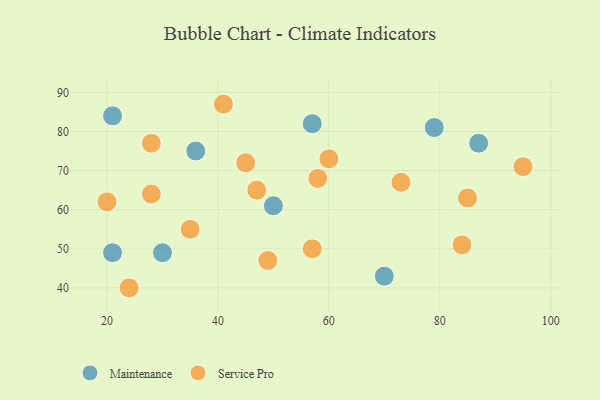
{"axis": {"x": "GDP", "y": "Life Expectancy"}, "legend": ["Maintenance", "Service Pro"], "data": [{"x": "21", "y": 49, "type": "Maintenance"}, {"x": "21", "y": 84, "type": "Maintenance"}, {"x": "50", "y": 61, "type": "Maintenance"}, {"x": "30", "y": 49, "type": "Maintenance"}, {"x": "57", "y": 82, "type": "Maintenance"}, {"x": "70", "y": 43, "type": "Maintenance"}, {"x": "87", "y": 77, "type": "Maintenance"}, {"x": "36", "y": 75, "type": "Maintenance"}, {"x": "79", "y": 81, "type": "Maintenance"}, {"x": "95", "y": 71, "type": "Service Pro"}, {"x": "85", "y": 63, "type": "Service Pro"}, {"x": "73", "y": 67, "type": "Service Pro"}, {"x": "35", "y": 55, "type": "Service Pro"}, {"x": "49", "y": 47, "type": "Service Pro"}, {"x": "84", "y": 51, "type": "Service Pro"}, {"x": "24", "y": 40, "type": "Service Pro"}, {"x": "60", "y": 73, "type": "Service Pro"}, {"x": "28", "y": 64, "type": "Service Pro"}, {"x": "58", "y": 68, "type": "Service Pro"}, {"x": "20", "y": 62, "type": "Service Pro"}, {"x": "47", "y": 65, "type": "Service Pro"}, {"x": "28", "y": 77, "type": "Service Pro"}, {"x": "41", "y": 87, "type": "Service Pro"}, {"x": "45", "y": 72, "type": "Service Pro"}, {"x": "57", "y": 50, "type": "Service Pro"}]}